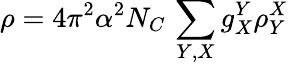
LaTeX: \rho=4\pi^{2}\alpha^{2}N_{C}\, \sum_{Y,X}g_{X}^{Y}\rho_{Y}^{X}